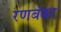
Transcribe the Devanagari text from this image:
रणबंका